Leaving Certificate, 1888
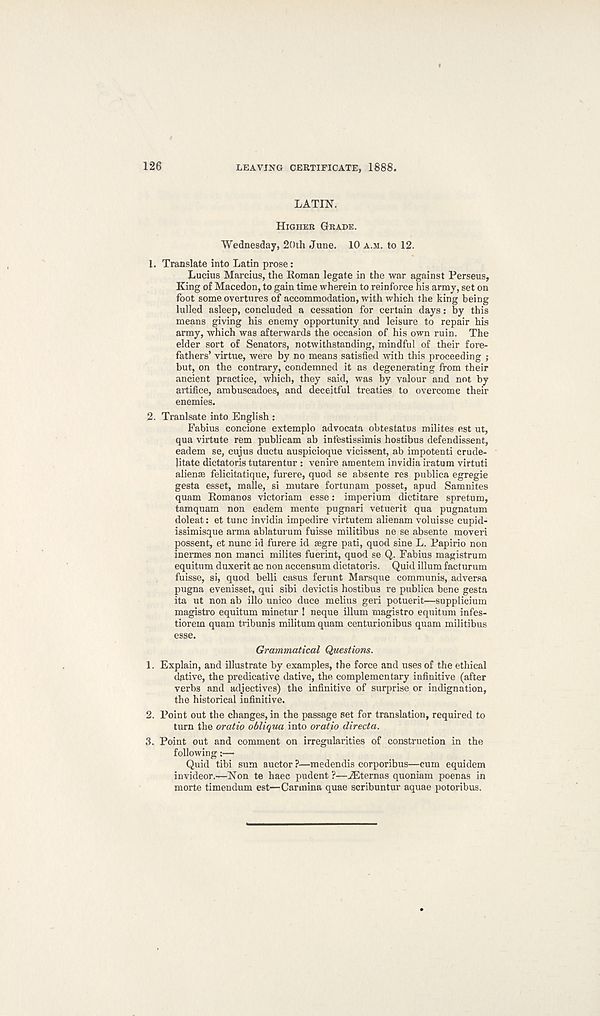
126
LEAVING CERTIFICATE, 1888.
LATIN.
HIGHER GRADE.
Wednesday, 20th June. 10 A.M. to 12.
1. Translate into Latin prose:
Lucius Marcius, the Roman legate in the war against Perseus,
King of Macedon, to gain time wherein to reinforce his army, set on
foot some overtures of accommodation, with which the king being
lulled asleep, concluded a cessation for certain days: by this
means giving his enemy opportunity and leisure to repair his
army, which was afterwards the occasion of his own ruin. The
elder sort of Senators, notwithstanding, mindful of their fore-
fathers’ virtue, were by no means satisfied with this proceeding ;
but, on the contrary, condemned it as degenerating from their
ancient practice, which, they said, was by valour and not by
artifice, arabuscadoes, and deceitful treaties to overcome their
enemies.
2. Tranlsate into English :
Fabius concione extemplo advocata obtestatus milites est ut,
qua virtute rem publicam ab infestissimis hostibus defendissent,
eadem se, cujus ductu auspicioque vicissent, ab impotent! crude-
Utate dictatoris tutarentur : venire amentem invidia iratum virtuti
alienee felicitatique, furere, quod se absente res publica egregie
gesta esset, malle, si mutare fortunam posset, apud Samnites
quam Romanos victoriam esse: imperium dictitare spretum,
tamquam non eadem mente pugnari vetuerit qua pugnatum
doleat: et tunc invidia impedire virtutem alienam voluisse cupid-
issimisque arma ablaturum fuisse militibus ne se absente moveri
possent, et nunc id furere id segre pati, quod sine L. Papirio non
inermes non manci milites fuerint, quod se Q. Fabius magistrum
equitum duxerit ac non accensum dictatoris. Quid ilium facturum
fuisse, si, quod belli casus ferunt Marsque communis, ad versa
pugna evenisset, qui sibi devictis hostibus re publica bene gesta
ita ut non ab illo unico duce melius geri potuerit—supplicium
magistro equitum minetur ! neque ilium magistro equitum infes-
tiorem quam tribunis militum quam centurionibus quam militibus
esse.
Grammatical Questions.
1. Explain, and illustrate by examples, the force and uses of the ethical
dative, the predicative dative, the complementary infinitive (after
verbs and adjectives) the infinitive of surprise or indignation,
the historical infinitive.
2. Point out the changes, in the passage set for translation, required to
turn the oratio obliqua into oratio directa.
3. Point out and comment on irregularities of construction in the
following:—
Quid tibi sum auctor ?—medendis corporibus—cum equidem
invideor.—Non te haec pudent ?—jEternas quoniam poenas in
morte timendum est—Carmina quae scribuntur aquae potoribus.